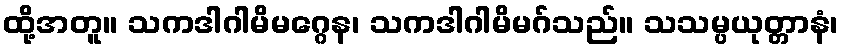
ထို့အတူ။ သကဒါဂါမိမဂ္ဂေန၊ သကဒါဂါမိမဂ်သည်။ သသမ္ပယုတ္တာနံ၊